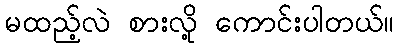
မထည့်လဲ စားလို့ ကောင်းပါတယ်။